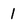
Character: l